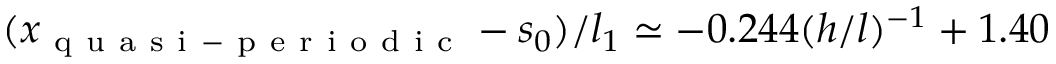
( x _ { \mathrm { ~ q ~ u ~ a ~ s ~ i ~ - ~ p ~ e ~ r ~ i ~ o ~ d ~ i ~ c ~ } } - s _ { 0 } ) / l _ { 1 } \simeq - 0 . 2 4 4 ( h / l ) ^ { - 1 } + 1 . 4 0